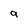
Character: 9